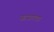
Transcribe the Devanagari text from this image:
फासण्यात